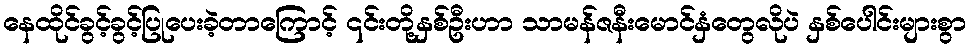
နေထိုင်ခွင့်ခွင့်ပြုပေးခဲ့တာကြောင့် ၎င်းတို့နှစ်ဦးဟာ သာမန်ဇနီးမောင်နှံတွေလိုပဲ နှစ်ပေါင်းများစွာ